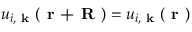
u _ { i , \textbf { k } } ( \textbf { r + R } ) = u _ { i , \textbf { k } } ( \textbf { r } )